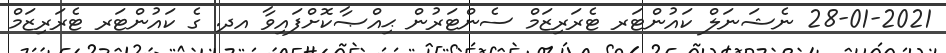
28-01-2021 ނެޝަނަލް ކައުންޓަރ ޓެރަރިޒަމް ސެންޓަރުން ޙިއްޞާކޮށްފައިވާ އދ. ގެ ކައުންޓަރ ޓެރަރިޒަމް